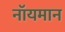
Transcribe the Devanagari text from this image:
नॉयमान